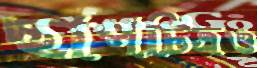
ছাপচিত্রও